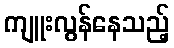
ကျူးလွန်နေသည့်